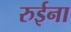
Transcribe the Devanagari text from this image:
रुईना